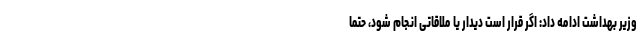
وزیر بهداشت ادامه داد: اگر قرار است دیدار یا ملاقاتی انجام شود، حتما